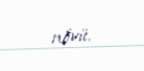
növü.